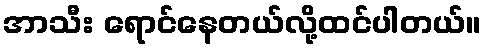
အာသီး ရောင်နေတယ်လို့ထင်ပါတယ်။